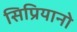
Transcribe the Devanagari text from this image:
सिप्रियानो